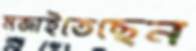
মজাইতেছেন